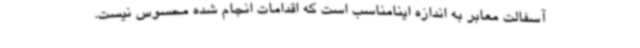
آسفالت معابر به اندازه اینامناسب است که اقدامات انجام شده محسوس نیست.